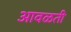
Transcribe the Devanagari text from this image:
आवळती